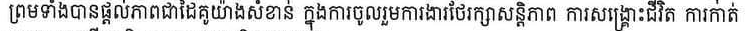
​ព្រមទាំងបានផ្ដល់ភាពជាដៃគូយ៉ាងសំខាន់ ក្នុងការចូលរួមជាការងារថែរក្សាសន្តិភាព ការសង្រ្គោះជិវិត ការកាត់